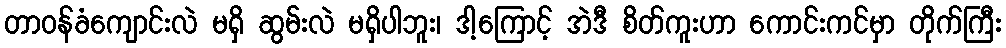
တာဝန်ခံကျောင်းလဲ မရှိ ဆွမ်းလဲ မရှိပါဘူး၊ ဒါ့ကြောင့် အဲဒီ စိတ်ကူးဟာ ကောင်းကင်မှာ တိုက်ကြီး